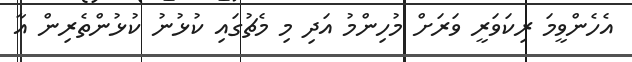
އެހެންވީމަ ރިކަވަރީ ވަރަށް މުހިންމު އަދި މި މެޗުގައި ކުޅުނު ކުޅުންތެރިން އާ